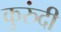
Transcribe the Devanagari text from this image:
कुरुंदी